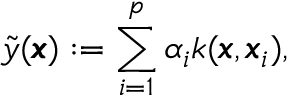
\tilde { y } ( \pmb { x } ) : = \sum _ { i = 1 } ^ { p } \alpha _ { i } k ( \pmb { x } , \pmb { x } _ { i } ) ,